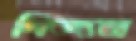
পিন্দন